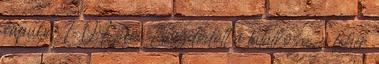
kapuba. 1–0 1. perc Elkezdődött a találkozó, a fehér